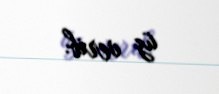
üz verib.